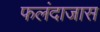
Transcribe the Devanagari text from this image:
फलंदाजास